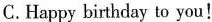
C.Happy bithday to you!